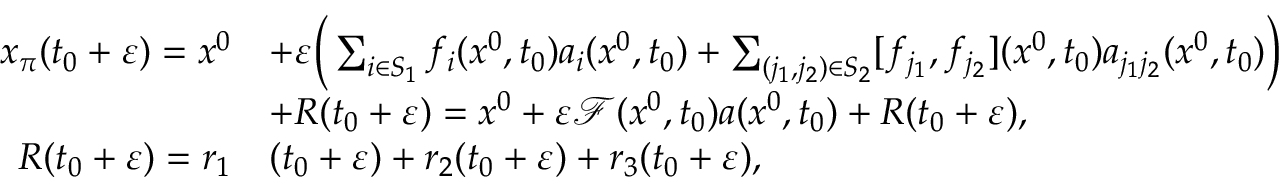
\begin{array} { r l } { x _ { \pi } ( t _ { 0 } + \varepsilon ) = x ^ { 0 } } & { + \varepsilon \Big ( \sum _ { i \in S _ { 1 } } f _ { i } ( x ^ { 0 } , t _ { 0 } ) a _ { i } ( x ^ { 0 } , t _ { 0 } ) + \sum _ { ( j _ { 1 } , j _ { 2 } ) \in S _ { 2 } } [ f _ { j _ { 1 } } , f _ { j _ { 2 } } ] ( x ^ { 0 } , t _ { 0 } ) a _ { j _ { 1 } j _ { 2 } } ( x ^ { 0 } , t _ { 0 } ) \Big ) } \\ & { + R ( t _ { 0 } + \varepsilon ) = x ^ { 0 } + \varepsilon \mathcal F ( x ^ { 0 } , t _ { 0 } ) a ( x ^ { 0 } , t _ { 0 } ) + R ( t _ { 0 } + \varepsilon ) , } \\ { R ( t _ { 0 } + \varepsilon ) = r _ { 1 } } & { ( t _ { 0 } + \varepsilon ) + r _ { 2 } ( t _ { 0 } + \varepsilon ) + r _ { 3 } ( t _ { 0 } + \varepsilon ) , } \end{array}